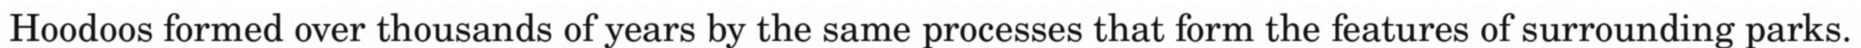
Hoodoos formed over thousands of years by the same processes that form the features of surrounding parks.